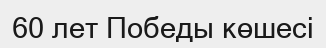
60 лет Победы көшесі